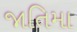
જાતિમા